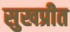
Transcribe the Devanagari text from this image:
सुखप्रीत